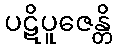
ပဋိပူဇေန္တိ